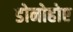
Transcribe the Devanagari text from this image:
डोनोहोए